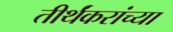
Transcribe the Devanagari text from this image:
तीर्थंकरांच्या